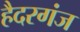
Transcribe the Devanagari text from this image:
हैदरगंज